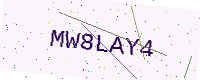
Text: MW8LAY4